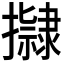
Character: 𭢿